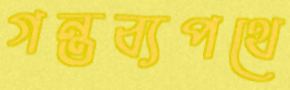
গন্তব্যপথে